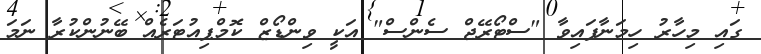
ގައި މިހާރު ހިމަނާފައިވާ "ސްޓޯރޭޖް ސެންސް" އަކީ ވިންޑޯޒް ކޮމްޕިއުޓަރެއް ބޭނުންކުރާ ނަމަ